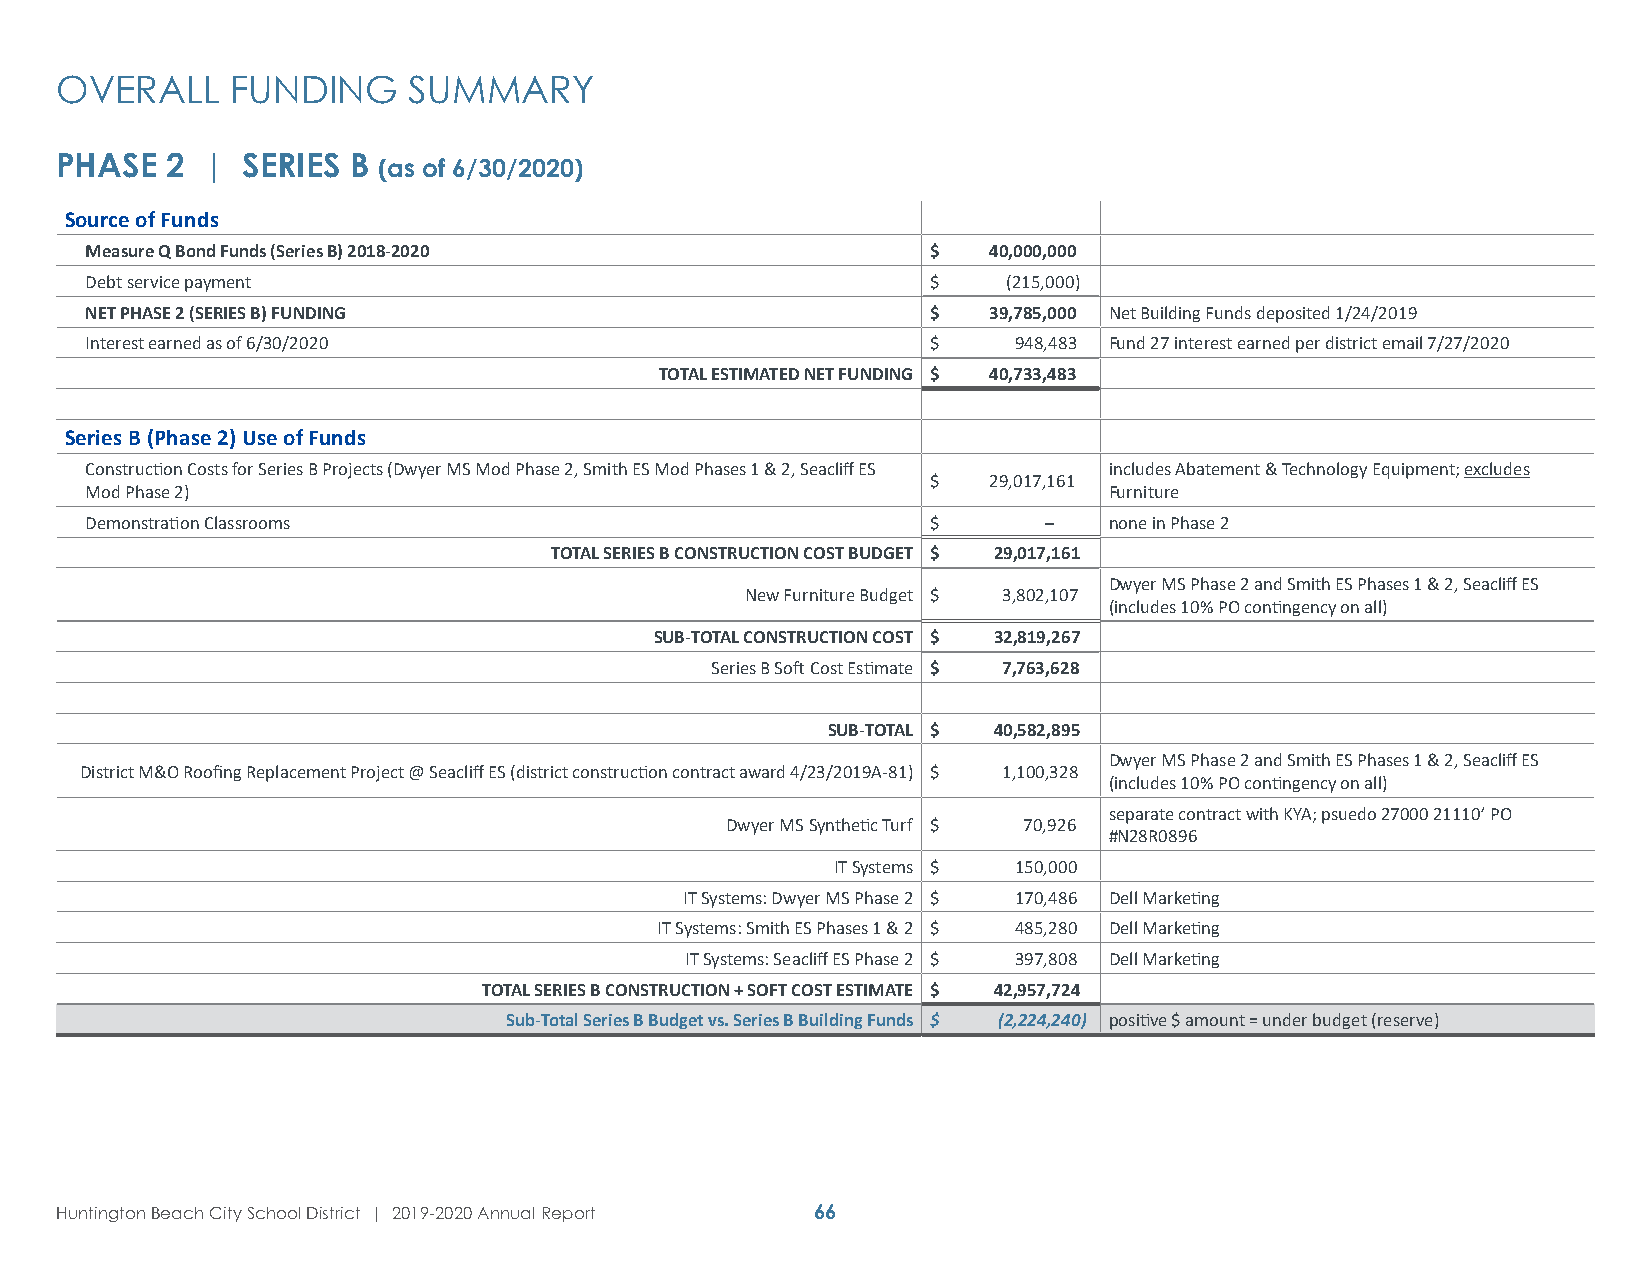
OVERALL    FUNDING     SUMMARY
 PHASE  2 |  SERIES B (as of 6/30/2020)
 Source of Funds
 Measure Q Bond Funds (Series B) 2018-2020               $   40,000,000
 Debt service payment                                    $    (215,000)
 NET PHASE 2 (SERIES B) FUNDING                          $   39,785,000 Net Building Funds deposited 1/24/2019
 Interest earned as of 6/30/2020                         $    948,483 Fund 27 interest earned per district email 7/27/2020
 TOTAL ESTIMATED NET FUNDING $ 40,733,483
 Series B (Phase 2) Use of Funds
 Construction Costs for Series B Projects (Dwyer MS Mod Phase 2, Smith ES Mod Phases 1 & 2, Seacliff ES includes Abatement & Technology Equipment; excludes
 $   29,017,161
 Mod Phase 2)                                                       Furniture
 Demonstration Classrooms                                $      –   none in Phase 2
 TOTAL SERIES B CONSTRUCTION COST BUDGET $ 29,017,161
 Dwyer MS Phase 2 and Smith ES Phases 1 & 2, Seacliff ES
 New Furniture Budget $ 3,802,107
 (includes 10% PO contingency on all)
 SUB-TOTAL CONSTRUCTION COST $ 32,819,267
 Series B Soft Cost Estimate $ 7,763,628
 SUB-TOTAL $ 40,582,895
 Dwyer MS Phase 2 and Smith ES Phases 1 & 2, Seacliff ES
 District M&O Roofing Replacement Project @ Seacliff ES (district construction contract award 4/23/2019A-81) $ 1,100,328
 (includes 10% PO contingency on all)
 separate contract with KYA; psuedo 27000 21110’ PO
 Dwyer MS Synthetic Turf $ 70,926
 #N28R0896
 IT Systems $ 150,000
 IT Systems: Dwyer MS Phase 2 $ 170,486 Dell Marketing
 IT Systems: Smith ES Phases 1 & 2 $ 485,280 Dell Marketing
 IT Systems: Seacliff ES Phase 2 $ 397,808 Dell Marketing
 TOTAL SERIES B CONSTRUCTION + SOFT COST ESTIMATE $ 42,957,724
 Sub-Total Series B Budget vs. Series B Building Funds $ (2,224,240) positive $ amount = under budget (reserve)
 Huntington Beach City School District | 2019-2020 Annual Report 66